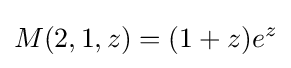
M(2,1,z)=(1+z)e^{z}